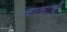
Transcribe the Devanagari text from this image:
प्राट्याचे